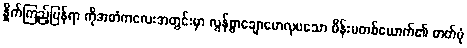
နှိုက်ကြည့်ပြန်ရာ ကိုအတံကလေးအတွင်းမှာ လွန်စွာချောမောလှပသော မိန်းမတစ်ယောက်၏ ဓာတ်ပုံ